Scottish Certificate of Education, 1963
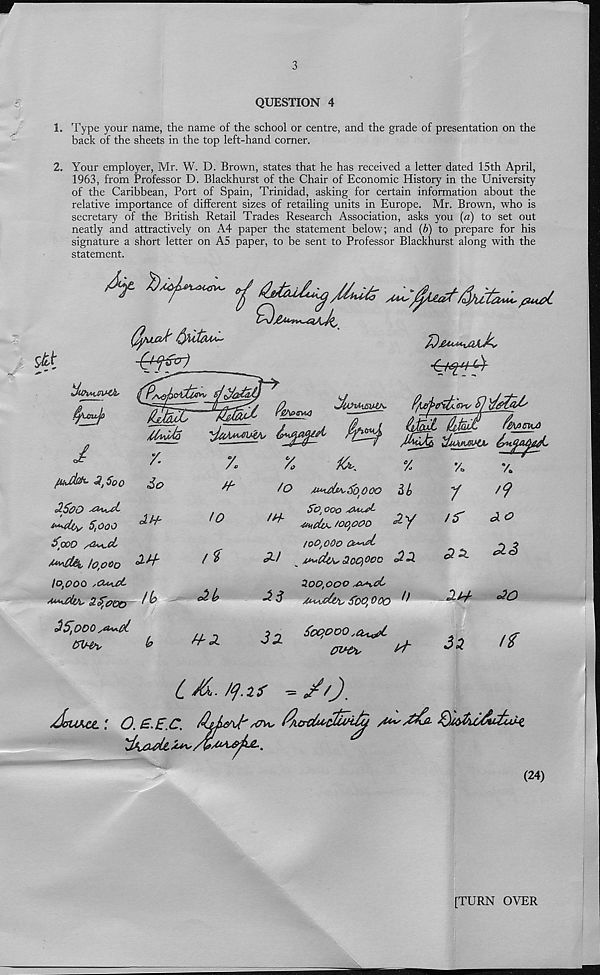
3
QUESTION 4
1. Type your name, the name of the school or centre, and the grade of presentation on the
back of the sheets in the top left-hand corner.
2. Your employer, Mr. W. D. Brown, states that he has received a letter dated 15th April,
1963, from Professor D. Blackhurst of the Chair of Economic History in the University
of the Caribbean, Port of Spain, Trinidad, asking for certain information about the
relative importance of different sizes of retailing units in Europe. Mr. Brown, who is
secretary of the British Retail Trades Research Association, asks you (a) to set out
neatly and attractively on A4 paper the statement below; and (b) to prepare for his
signature a short letter on A5 paper, to be sent to Professor Blackhurst along with the
statement.
-Q-fir&j
/CtA*'
gAfisvu)
tJlOTAVSUlK
I
Goo
So
z
z
^
5,000
Sooo
/o,ooo
10,000 ,cu*xt
el^ooo ‘ ^
oi $DDO S&AA.0I.
to
1%
<21,
fH-
to
yiutd^'So.doo
3^
5o t 000
■zmcUk, /oqooo
2 y
100,000 OwX
X~! __
3.00,000 <22
Zoo,000
2 6
5oo, 000 ^
3 2
3oqooo
^touZ {lefot£
t^evuo
%
'/«,
X
/
'9
/r
ac?
Xid
XO
32
ft
Cdi /q.if
~/0-
Savju.: O. £.E.C. Ad&J'jr*. fluTtfacSiifa
Qu&Om&vj.
(24)
[TURN OYER